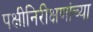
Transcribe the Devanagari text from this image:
पक्षीनिरीक्षणांच्या